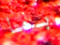
بما